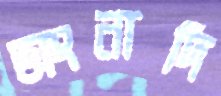
ভাংনাদি